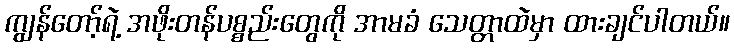
ကျွန်တော့်ရဲ့ အဖိုးတန်ပစ္စည်းတွေကို အာမခံ သေတ္တာထဲမှာ ထားချင်ပါတယ်။